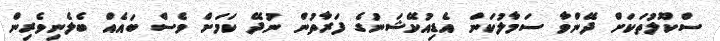
ސްކޫލުތަކަށް ދޭންވާ ސަމާލުކަން އެޑިއުކޭޝަނުގެ ފަރާތުން ނުދޭ ކަމަށް ވެސް ބައެއް ބެލެނިވެރިން